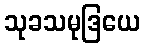
သုခသမုဒြယေ